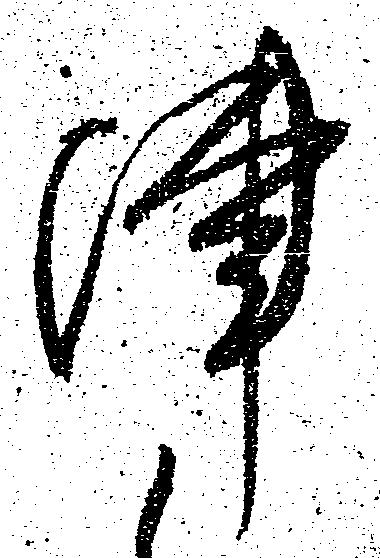
陣